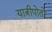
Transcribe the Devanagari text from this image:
यात्रीपोतों